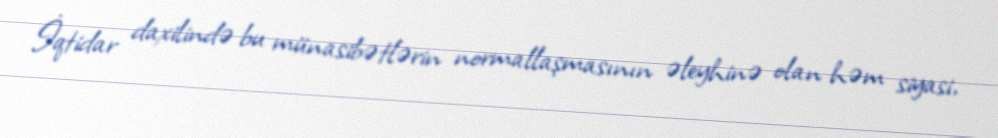
İqtidar daxilində bu münasibətlərin normallaşmasının əleyhinə olan həm siyasi,